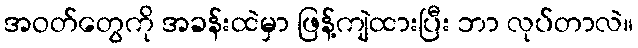
အဝတ်တွေကို အခန်းထဲမှာ ဖြန့်ကျဲထားပြီး ဘာ လုပ်တာလဲ။